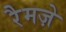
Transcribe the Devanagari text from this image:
रैमज़े